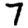
Digit: 7